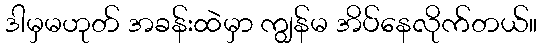
ဒါမှမဟုတ် အခန်းထဲမှာ ကျွန်မ အိပ်နေလိုက်တယ်။